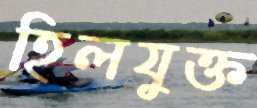
হিলযুক্ত